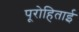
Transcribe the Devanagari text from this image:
पूरोहिताई